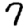
Digit: 7